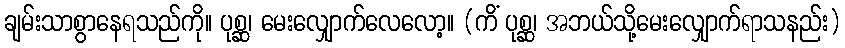
ချမ်းသာစွာနေရသည်ကို။ ပုစ္ဆ၊ မေးလျှောက်လေလော့။ (ကိံ ပုစ္ဆ၊ အဘယ်သို့မေးလျှောက်ရာသနည်း)